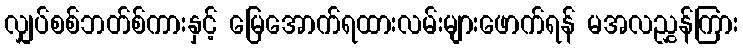
လျှပ်စစ်ဘတ်စ်ကားနှင့် မြေအောက်ရထားလမ်းများဖောက်ရန် မအလညွှန်ကြား